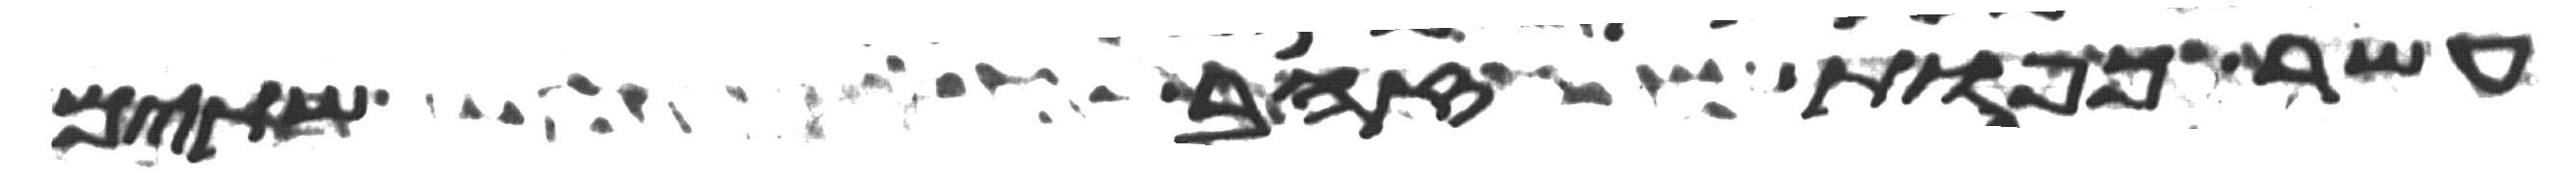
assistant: עשר כפות זהב שתים